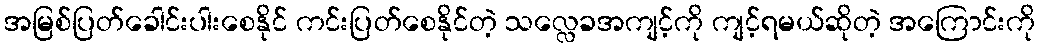
အမြစ်ပြတ်ခေါင်းပါးစေနိုင် ကင်းပြတ်စေနိုင်တဲ့ သလ္လေခအကျင့်ကို ကျင့်ရမယ်ဆိုတဲ့ အကြောင်းကို